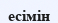
есімін